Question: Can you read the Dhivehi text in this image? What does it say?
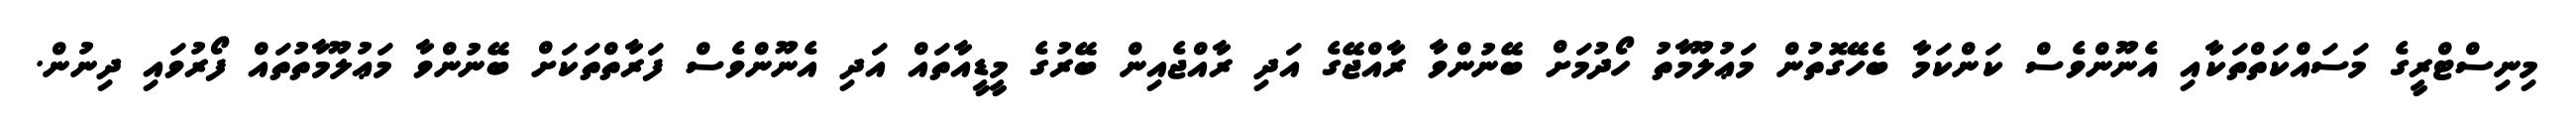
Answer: މިނިސްޓްރީގެ މަސައްކަތްތަކާއި އެނޫންވެސް ކަންކަމާ ބެހޭގޮތުން މަޢުލޫމާތު ހޯދުމަށް ބޭނުންވާ ރާއްޖޭގެ އަދި ރާއްޖެއިން ބޭރުގެ މީޑީއާތައް އަދި އެނޫންވެސް ފަރާތްތަކަށް ބޭނުންވާ މަޢުލޫމާތުތައް ފޯރުވައި ދިނުން.